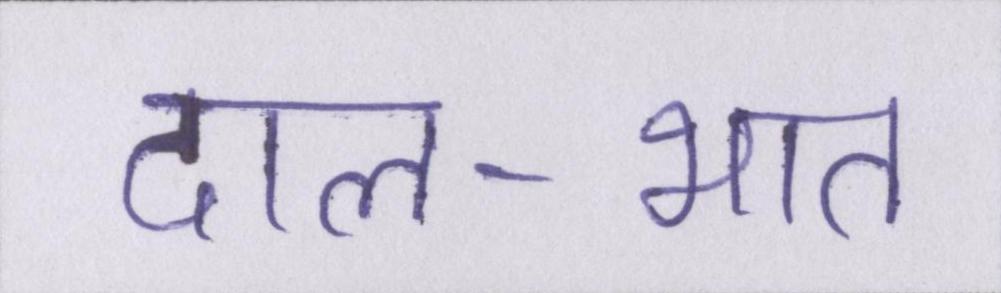
दाल-भात